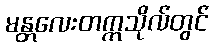
မန္တလေးတက္ကသိုလ်တွင်